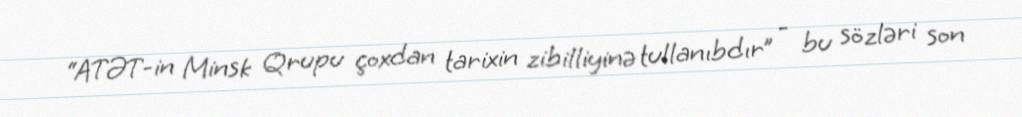
“ATƏT-in Minsk Qrupu çoxdan tarixin zibilliyinə tullanıbdır” - bu sözləri son